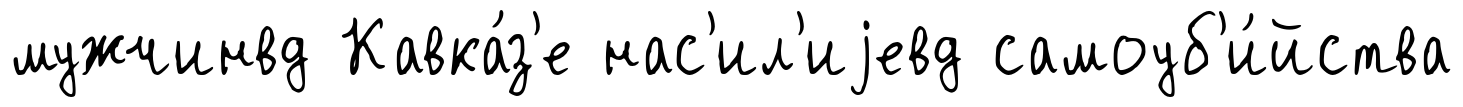
мужчинвд Кавка́з'е нас'ил'иjевд самоуб'и́йства